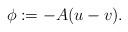
LaTeX: \begin{align*}\phi := - A (u - v) .\end{align*}